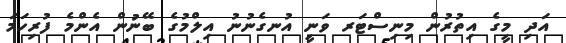
އަދި މީގެ އިތުރުން މިނިސްޓަރ ވަނީ އުނގެނުނު އިލްމުގެ ބޭނުން އެންމެ ފުރިހަމަ